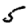
Digit: 5